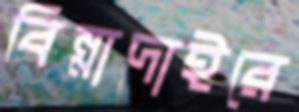
বিন্নাদাইরে